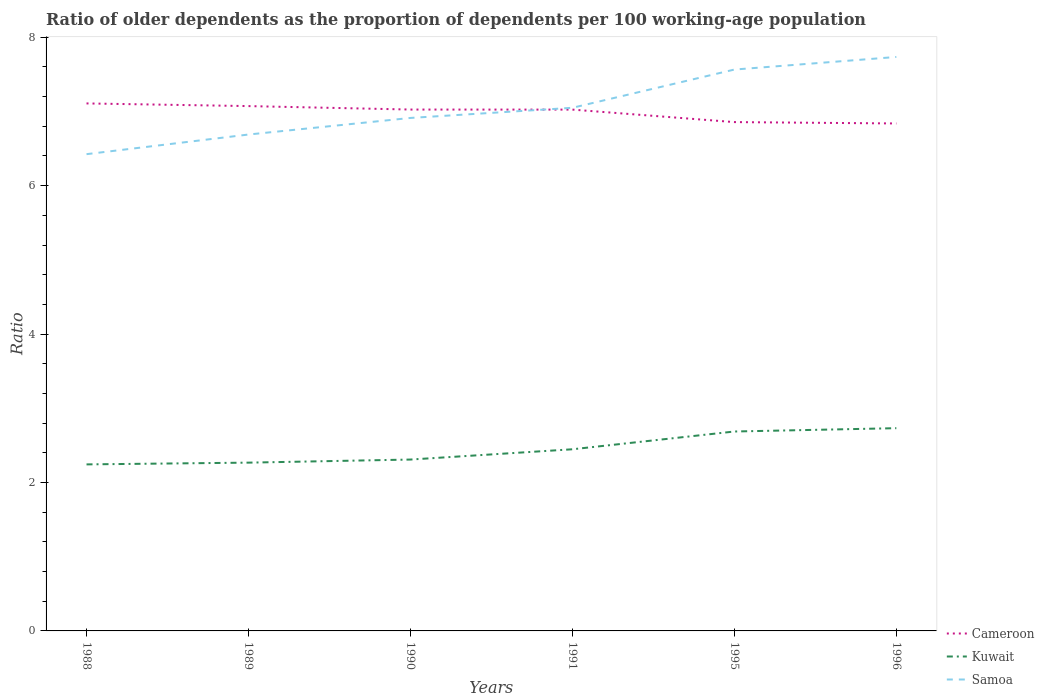
| Years | Cameroon | Kuwait | Samoa |
 | --- | --- | --- | --- |
 | 1988 | 7.11 | 2.24 | 6.42 |
 | 1989 | 7.07 | 2.27 | 6.69 |
 | 1990 | 7.03 | 2.31 | 6.91 |
 | 1991 | 7.03 | 2.45 | 7.05 |
 | 1995 | 6.86 | 2.69 | 7.56 |
 | 1996 | 6.84 | 2.73 | 7.73 |